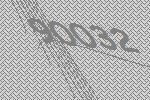
90032